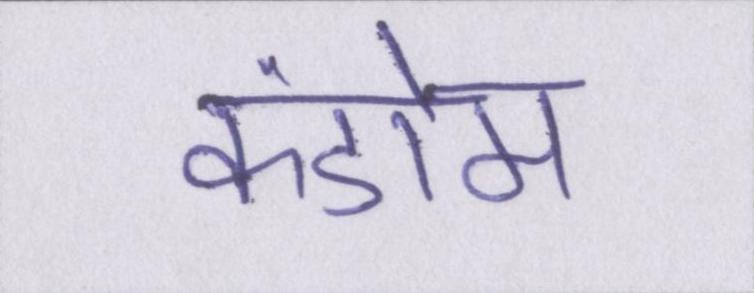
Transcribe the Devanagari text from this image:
कंडोम